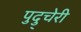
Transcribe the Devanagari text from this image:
पुदु्चेरी